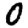
Digit: 0